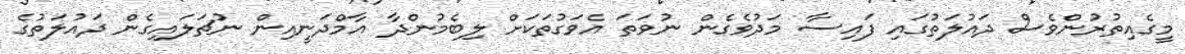
މީގެއިތުރުންވެސް ދައުލަތުގައި ފައިސާ މަދުވެގެން ނުވަތަ އެވަގުތަކަށް ލިބެމުންދާ އާމްދަނީއިން ނުޗަލައިގެން ދައުލަތުގެ